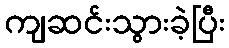
ကျဆင်းသွားခဲ့ပြီး